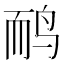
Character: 鸸